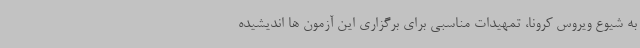
به شیوع ویروس کرونا، تمهیدات مناسبی برای برگزاری این آزمون ها اندیشیده